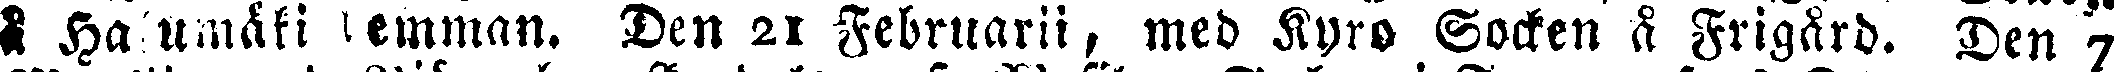
å Havumäki hemman. Den 21 Februarii, med Kyrö Socken å Frigård. Den 7